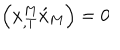
LaTeX: \left( x _ { , T } ^ { M } \acute { x } _ { M } \right) = 0